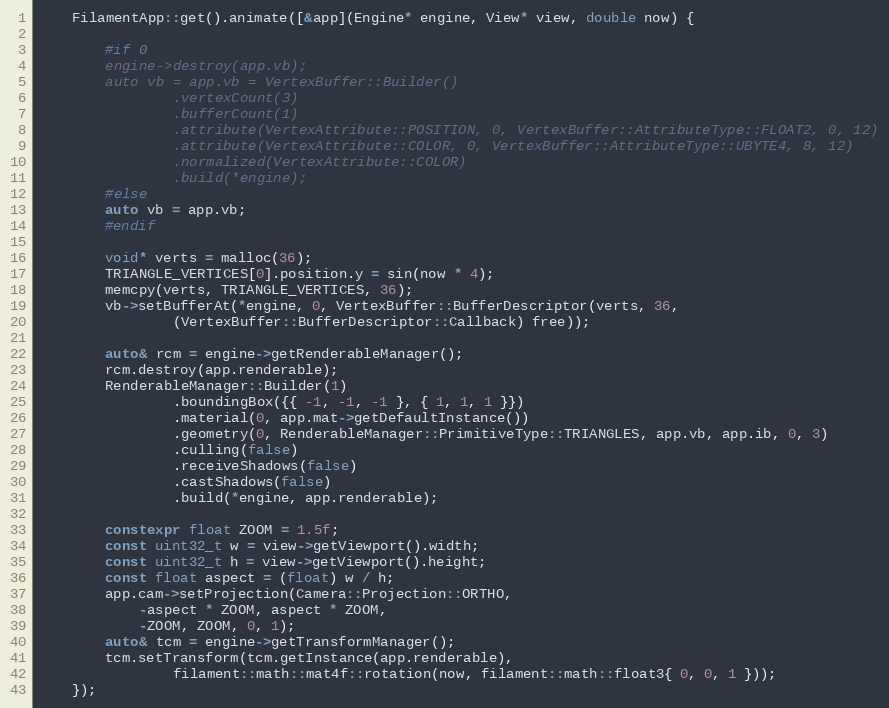
Language: C++
    FilamentApp::get().animate([&app](Engine* engine, View* view, double now) {

        #if 0
        engine->destroy(app.vb);
        auto vb = app.vb = VertexBuffer::Builder()
                .vertexCount(3)
                .bufferCount(1)
                .attribute(VertexAttribute::POSITION, 0, VertexBuffer::AttributeType::FLOAT2, 0, 12)
                .attribute(VertexAttribute::COLOR, 0, VertexBuffer::AttributeType::UBYTE4, 8, 12)
                .normalized(VertexAttribute::COLOR)
                .build(*engine);
        #else
        auto vb = app.vb;
        #endif

        void* verts = malloc(36);
        TRIANGLE_VERTICES[0].position.y = sin(now * 4);
        memcpy(verts, TRIANGLE_VERTICES, 36);
        vb->setBufferAt(*engine, 0, VertexBuffer::BufferDescriptor(verts, 36,
                (VertexBuffer::BufferDescriptor::Callback) free));

        auto& rcm = engine->getRenderableManager();
        rcm.destroy(app.renderable);
        RenderableManager::Builder(1)
                .boundingBox({{ -1, -1, -1 }, { 1, 1, 1 }})
                .material(0, app.mat->getDefaultInstance())
                .geometry(0, RenderableManager::PrimitiveType::TRIANGLES, app.vb, app.ib, 0, 3)
                .culling(false)
                .receiveShadows(false)
                .castShadows(false)
                .build(*engine, app.renderable);

        constexpr float ZOOM = 1.5f;
        const uint32_t w = view->getViewport().width;
        const uint32_t h = view->getViewport().height;
        const float aspect = (float) w / h;
        app.cam->setProjection(Camera::Projection::ORTHO,
            -aspect * ZOOM, aspect * ZOOM,
            -ZOOM, ZOOM, 0, 1);
        auto& tcm = engine->getTransformManager();
        tcm.setTransform(tcm.getInstance(app.renderable),
                filament::math::mat4f::rotation(now, filament::math::float3{ 0, 0, 1 }));
    });